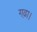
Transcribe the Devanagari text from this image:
गढ़ा।